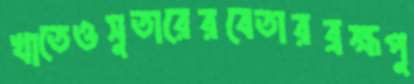
খাতেওসুতারেরবেতারব্রহ্মপু